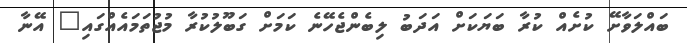
ބައްލަވާށޭ ކުށެއް ކުރާ ބަޔަކަށް އަދަބު ލިބެންޖެހޭނެ ކަމަށް ގަބޫލުކުރާ މުޖުތަމައެއްގައި" އޭނާ